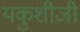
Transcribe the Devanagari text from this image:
यकुशीजी